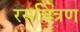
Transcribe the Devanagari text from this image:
रसचित्रण